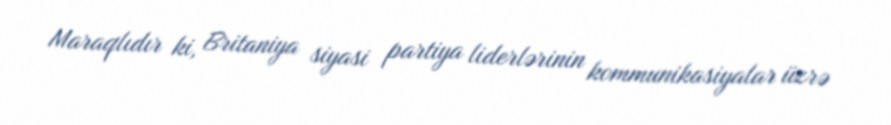
Maraqlıdır ki, Britaniya siyasi partiya liderlərinin kommunikasiyalar üzrə